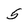
Character: 5